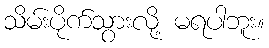
သိမ်းပိုက်သွားလို့ မရပါဘူး။